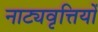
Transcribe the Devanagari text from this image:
नाट्यवृत्तियों